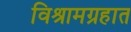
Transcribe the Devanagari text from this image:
विश्रामग्रहात